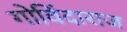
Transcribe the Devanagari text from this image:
गोविंदाराज